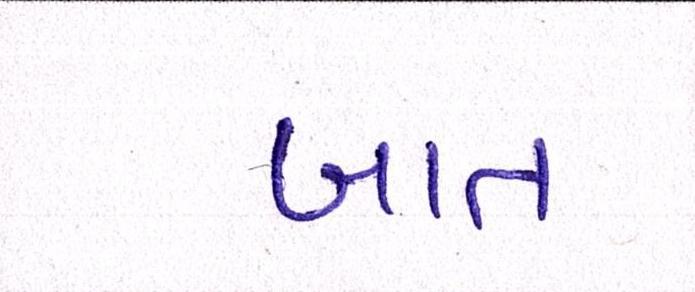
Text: બાત